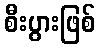
စီးပွားဖြစ်